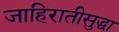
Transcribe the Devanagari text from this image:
जाहिरातीसुद्धा